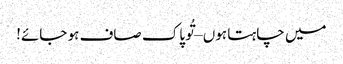
میں چاہتا ہوں – تُو پاک صاف ہو جائے!